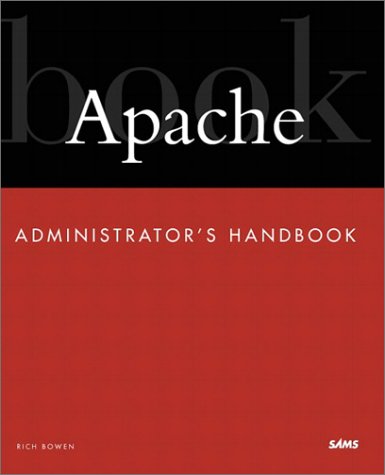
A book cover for Apache Administrator's Handbook; Rich Bowen; Computers & Technology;